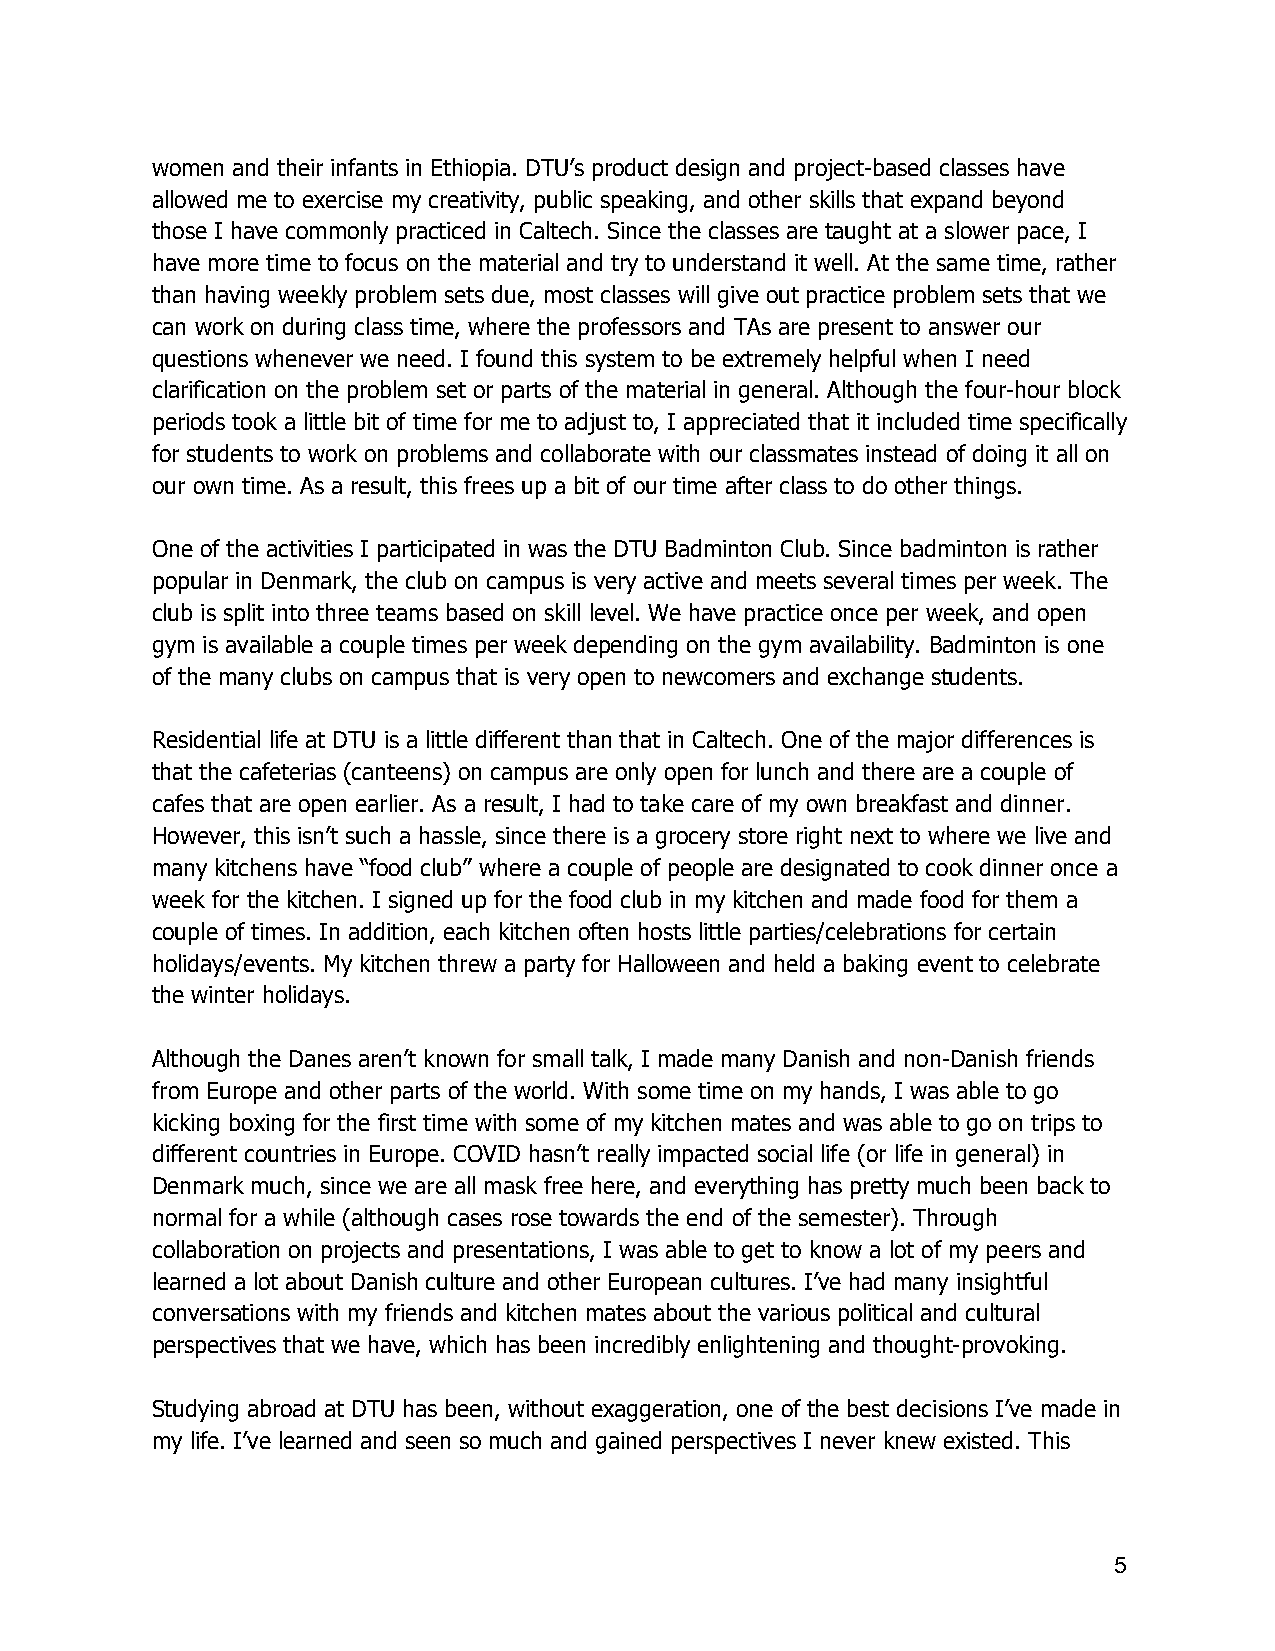
women and their infants in Ethiopia. DTU’s product design and project-based classes have
 allowed me to exercise my creativity, public speaking, and other skills that expand beyond
 those I have commonly practiced in Caltech. Since the classes are taught at a slower pace, I
 have more time to focus on the material and try to understand it well. At the same time, rather
 than having weekly problem sets due, most classes will give out practice problem sets that we
 can work on during class time, where the professors and TAs are present to answer our
 questions whenever we need. I found this system to be extremely helpful when I need
 clarification on the problem set or parts of the material in general. Although the four-hour block
 periods took a little bit of time for me to adjust to, I appreciated that it included time specifically
 for students to work on problems and collaborate with our classmates instead of doing it all on
 our own time. As a result, this frees up a bit of our time after class to do other things.
 One of the activities I participated in was the DTU Badminton Club. Since badminton is rather
 popular in Denmark, the club on campus is very active and meets several times per week. The
 club is split into three teams based on skill level. We have practice once per week, and open
 gym is available a couple times per week depending on the gym availability. Badminton is one
 of the many clubs on campus that is very open to newcomers and exchange students.
 Residential life at DTU is a little different than that in Caltech. One of the major differences is
 that the cafeterias (canteens) on campus are only open for lunch and there are a couple of
 cafes that are open earlier. As a result, I had to take care of my own breakfast and dinner.
 However, this isn’t such a hassle, since there is a grocery store right next to where we live and
 many kitchens have “food club” where a couple of people are designated to cook dinner once a
 week for the kitchen. I signed up for the food club in my kitchen and made food for them a
 couple of times. In addition, each kitchen often hosts little parties/celebrations for certain
 holidays/events. My kitchen threw a party for Halloween and held a baking event to celebrate
 the winter holidays.
 Although the Danes aren’t known for small talk, I made many Danish and non-Danish friends
 from Europe and other parts of the world. With some time on my hands, I was able to go
 kicking boxing for the first time with some of my kitchen mates and was able to go on trips to
 different countries in Europe. COVID hasn’t really impacted social life (or life in general) in
 Denmark much, since we are all mask free here, and everything has pretty much been back to
 normal for a while (although cases rose towards the end of the semester). Through
 collaboration on projects and presentations, I was able to get to know a lot of my peers and
 learned a lot about Danish culture and other European cultures. I’ve had many insightful
 conversations with my friends and kitchen mates about the various political and cultural
 perspectives that we have, which has been incredibly enlightening and thought-provoking.
 Studying abroad at DTU has been, without exaggeration, one of the best decisions I’ve made in
 my life. I’ve learned and seen so much and gained perspectives I never knew existed. This
 5